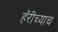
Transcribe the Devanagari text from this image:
हॅरीच्याच